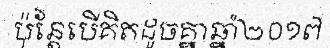
ប៉ុន្តែបើគិតដូចគ្នាឆ្នាំ២០១៧